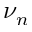
\nu _ { n }